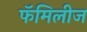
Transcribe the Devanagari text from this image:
फॅमिलीज